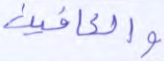
والعافين